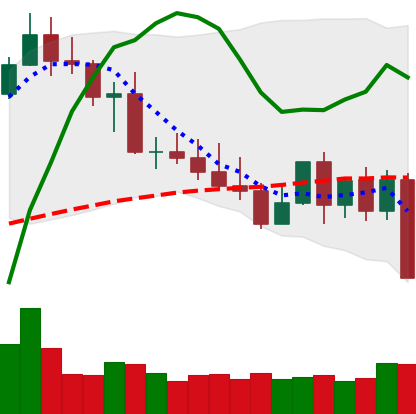
Ticker: XMR-USD
Chart end date: 2022-05-09
Forward return: -11.965%
Label: down_7plus